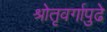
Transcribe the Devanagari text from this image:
श्रोतृवर्गापुढे